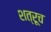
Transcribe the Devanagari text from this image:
शत्रूच